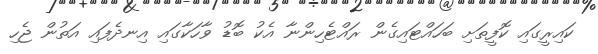
ކައިރީގައި ކޮފީތަށި ބަހައްޓައިގެން ރައްޓެހިންނާ އެކު ބޮޑު ވާހަކާގައި އިނދެފައި އަތުން ޖެހި